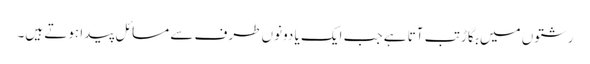
رشتوں میں بگاڑ تب آتا ہے جب ایک یا دونوں طرف سے مسائل پیدا ہوتے ہیں۔